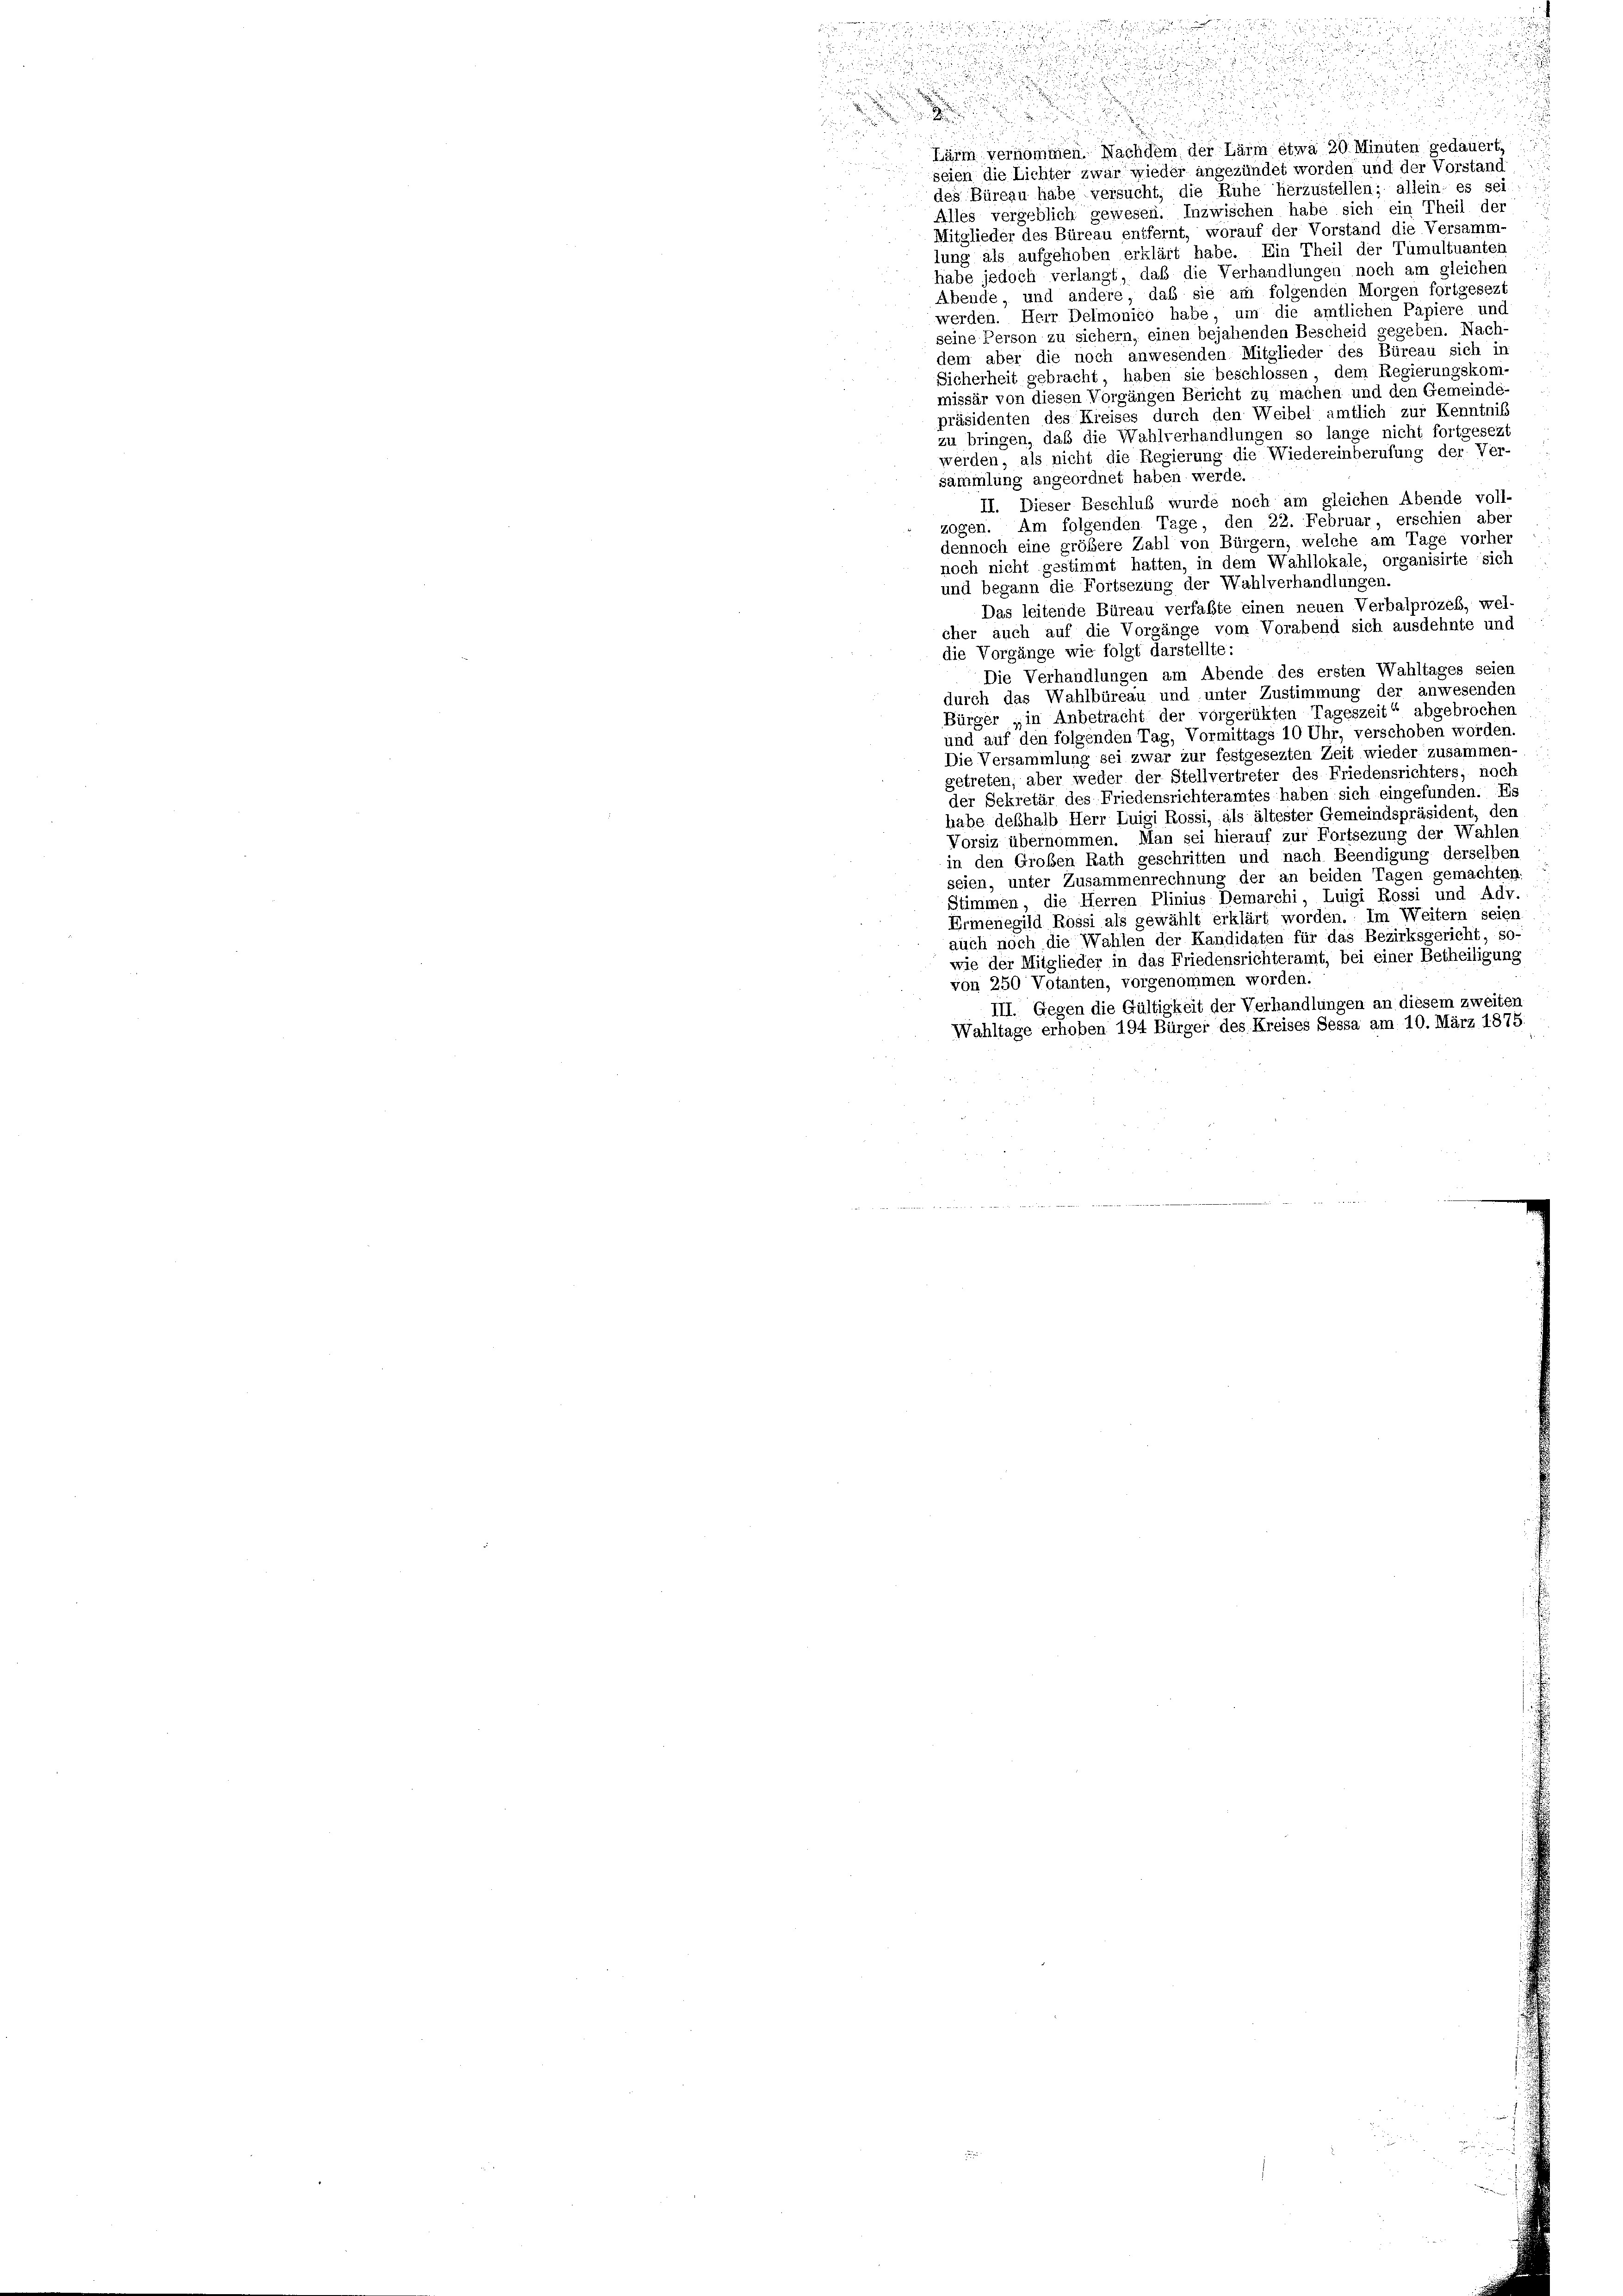
n
Lärm vernommen. Nachdem der Lärm etwa 20 Minuten gedauert,
seien die Lichter zwar wieder angezündet worden und der Vorstand
des Büreau habe versucht, die Ruhe herzustellen; allein; es sei
Alles vergeblich gewesen. Inzwischen habe sich ein Theil der
Mitglieder des Büreau entfernt, worauf der Vorstand die Versamm-
lung als aufgehoben erklärt habe. Ein Theil der Tumultuanten
habe jedoch verlangt, daß die Verhandlungen noch am gleichen
Abende, und andere, das sie am folgenden Morgen fortgesezt
werden. Herr Delmonico habe, um die amtlichen Papiere und
seine Person zu sichern, einen bejahenden Bescheid gegeben. Nach
dem aber die noch anwesenden Mitglieder des Büreau sich in
Sicherheit gebracht, haben sie beschlossen, dem Regierungskom-
missär von diesen Vorgängen Bericht zu machen und den Gemeinde
präsidenten des Kreises durch den Weibel amtlich zur Kenntnil
zu bringen, daß die Wahlverhandlungen so lange nicht fortgesezt
werden, als nicht die Regierung die Wiedereinberufung der Ver-
sammlung angeordnet haben werde.
II. Dieser Beschluß wurde noch am gleichen Abende voll-
zogen. Am folgenden Tage, den 22. Februar, erschien aber
dennoch eine größere Zahl von Bürgern, welche am Tage vorher
noch nicht gestimmt hatten, in dem Wahllokale, organisirte sich
und begann die Fortsezung der Wahlverhandlungen.
Das leitende Büreau verfaßte einen neuen Verbalprozes, wel-
cher auch auf die Vorgänge vom Vorabend sich ausdehnte und
die Vorgänge wie folgt darstellte:
Die Verhandlungen am Abende des ersten Wahltages seien
durch das Wahlbüreau und unter Zustimmung der anwesenden
Bürger „in Anbetracht der vorgerükten Tageszeit“ abgebrochen
und auf den folgenden Tag, Vormittags 10 Uhr, verschoben worden.
Die Versammlung sei zwar zur festgesezten Zeit wieder zusammen-
getreten, aber weder der Stellvertreter des Friedensrichters, noch
der Sekretär des Friedensrichteramtes haben sich eingefunden. Es
habe deßhalb Herr Luigi Rossi, als ältester Gemeindspräsident, den
Vorsiz übernommen. Man sei hierauf zur Fortsezung der Wahlen
in den Großen Rath geschritten und nach Beendigung derselben
seien, unter Zusammenrechnung der an beiden Tagen gemachten:
Stimmen, die Herren Plinius Demarchi, Luigi Rossi und Adv.
Ermenegild Rossi als gewählt erklärt worden. Im Weitern seien
auch noch die Wahlen der Kandidaten für das Bezirksgericht, so-
wie der Mitglieder in das Friedensrichteramt, bei einer Betheiligung
von 250 Votanten, vorgenommen worden.
III. Gegen die Gültigkeit der Verhandlungen an diesem zweiten
Wahltage erhoben 194 Bürger des Kreises Sessa am 10. März 1875.

d
d